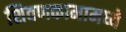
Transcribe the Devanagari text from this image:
शिवणकामामध्ये